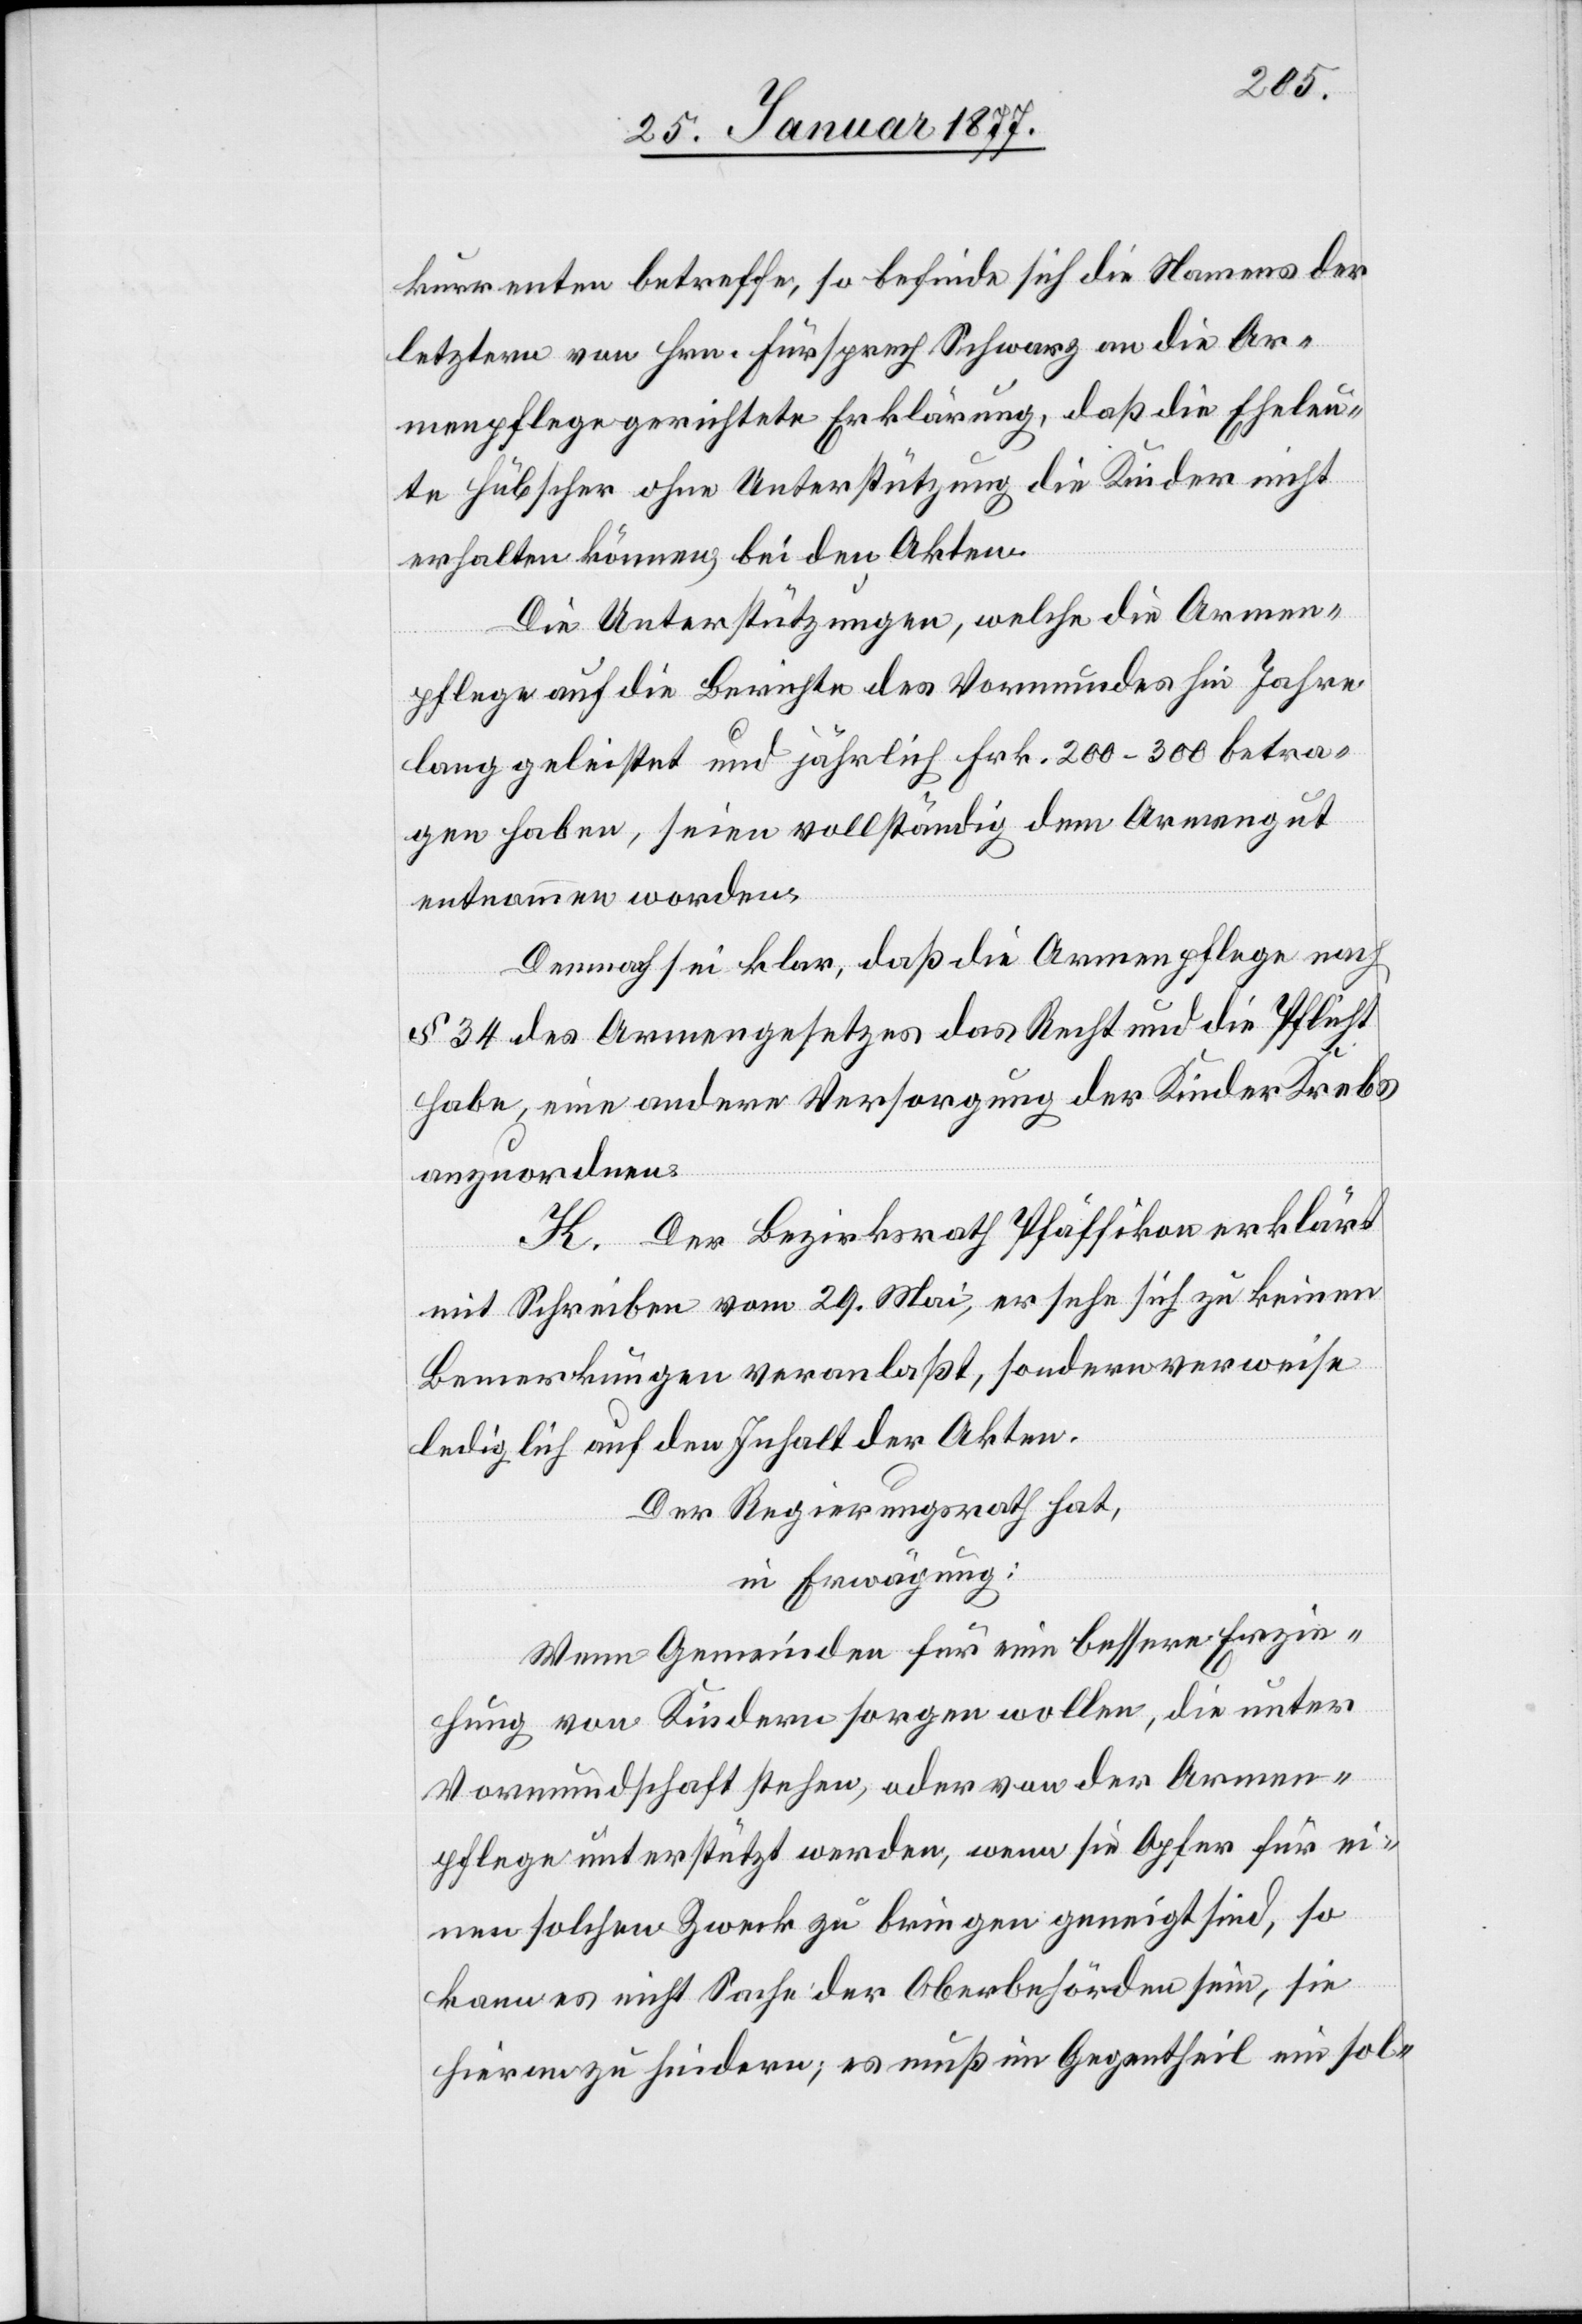
kurrenten betreffe, so befinde sich die Namens der
letztern von Hrn. Fürsprech Schwarz an die Ar¬
menpflege gerichtete Erklärung, daß die Eheleu¬
te Hübscher ohne Unterstützung die Kinder nicht
erhalten können, bei den Akten.
Die Unterstützungen, welche die Armen¬
pflege auf die Berichte des Vormundes hin Jahre
lang geleistet und jährlich Frk. 200–300 betra¬
gen haben, seien vollständig dem Armengut
entnommen worden.
Demnach sei klar, daß die Armenpflege nach
§ 34 des Armengesetzes das Recht und die Pflicht
habe, eine andere Versorgung der Kinder Krebs
anzuordnen.
K. Der Bezirksrath Pfäffikon erklärt
mit Schreiben vom 29. Mai, er sehe sich zu keinen
Bemerkungen veranlaßt, sondern verweise
lediglich auf den Inhalt der Akten.
Der Regierungsrath hat,
in Erwägung:
Wenn Gemeinden für eine bessere Erzie¬
hung von Kindern sorgen wollen, die unter
Vormundschaft stehen, oder von der Armen¬
pflege unterstützt werden, wenn sie Opfer für ei¬
nen solchen Zweck zu bringen geneigt sind, so
kann es nicht Sachen der Oberbehörden sein, sie
hieran zu hindern; es muß im Gegentheil ein sol-